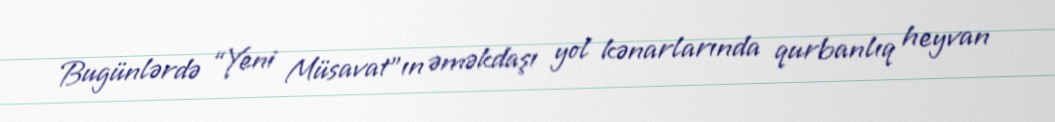
Bugünlərdə “Yeni Müsavat”ın əməkdaşı yol kənarlarında qurbanlıq heyvan